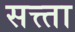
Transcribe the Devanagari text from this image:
सत्त्ता